Vaccine operations Central Provinces 1900-1911 - 1900-1911
Year: 1900
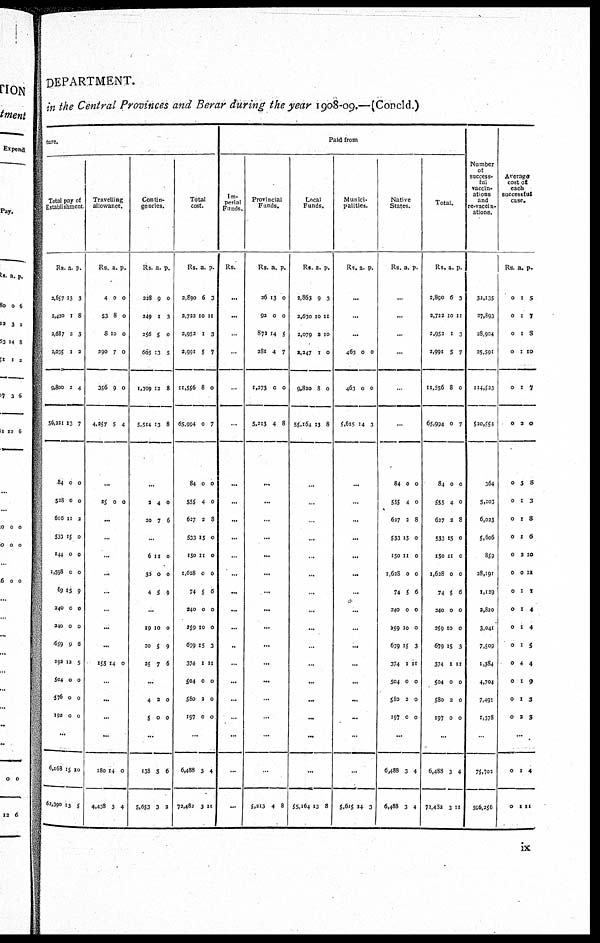
DEPARTMENT.
in the Central Provinces and Berar during the year 1908-09.—(Concld.)
ture.
Total pay of
Establishment
Rs.
2,657
2,420
2,687
2,035
9,800
56,221
84
528
606
533
144
1,598
59
240
240
659
192
504
576
192
a
13
1
3
1
2
13
0
0
11
15
0
0
15
0
0
9
12
0
0
0
p.
3
8
3
2
4
7
0
0
2
0
0
0
9
0
0
6
5
0
0
0
...
6,168
62,390
15
13
10
5
Travelling
allowance.
Rs.
4
53
8
290
356
4,257
a.
0
8
10
7
9
5
p.
0
0
0
0
0
4
...
25 0 0
...
...
...
...
...
...
...
...
155 14 0
...
...
...
...
180
4,438
14
3
0
4
Contin-
gencies.
Rs.
228
249
256
665
1,399
5,514
a.
9
1
5
13
12
13
p.
0
3
0
5
8
8
...
2
20
4
7
0
6
...
6
30
4
11
0
5
0
0
9
...
19
20
25
10
5
7
0
9
6
...
4
5
2
0
0
0
...
138
5,653
5
3
6
3
Total
cost.
Rs.
2,890
3,722
2,952
2,991
11,556
65,994
84
555
627
533
150
1,628
74
340
259
679
374
504
580
197
a.
6
10
1
5
8
0
0
4
2
15
11
0
5
0
10
15
1
0
2
0
p.
3
11
3
7
0
7
0
0
8
0
0
0
6
0
0
3
11
0
0
0
...
6,488
72,482
3
3
4
11
Paid from
Im-
perial
Funds.
Rs.
...
...
...
...
...
...
...
...
...
...
...
...
...
...
...
...
...
...
...
...
...
...
...
Provincial
Funds.
Rs.
26
92
872
281
1,273
5,213
a.
13
0
14
4
0
4
p.
0
0
5
7
0
8
...
...
...
...
...
...
...
...
...
...
...
...
...
...
...
...
5,213 4 8
Local
Funds.
Rs.
2,863
2,630
2,079
2,247
9,820
55,164
a.
9
10
2
1
8
13
p.
3
11
10
0
0
8
...
...
...
...
...
...
...
...
...
...
...
...
...
...
...
...
55,164 13 8
Munici-
palities.
Rs. a. p.
...
...
...
463
463
5,615
0
0
14
0
0
3
...
...
...
...
...
...
...
...
...
...
...
...
...
...
...
...
5,615 14 3
Native
States.
Rs. a. p.
...
...
...
...
...
...
84
555
627
533
150
1,628
74
240
259
679
374
504
580
197
0
4
2
15
11
0
5
0
10
15
1
0
2
0
0
0
8
0
0
0
6
0
0
3
11
0
0
0
...
6,488
6,488
3
3
4
4
Total.
Rs.
2,890
2,722
2,953
2,991
11,556
65,994
84
555
627
533
150
1,638
74
240
259
679
374
504
580
197
a.
6
10
1
5
8
0
0
4
2
15
11
0
5
0
10
15
1
0
3
0
p.
3
11
3
7
0
7
0
0
8
0
0
0
6
0
0
3
11
0
0
0
...
6,488
72,482
3
3
4
11
Number
of
success-
ful
vaccin-
ations
and
re-vaccin-
ations.
32,135
37,893
28,904
25,591
114,523
520,551
364
5,203
6,023
5,606
859
28,191
1,129
2,820
3,041
7,509
1,384
4,704
7,491
1,378
...
75,702
596,256
Average
cost of
each
successful
case.
Rs.
0
0
0
0
0
0
0
0
0
0
0
0
0
0
0
0
0
0
0
0
a.
1
1
1
1
1
2
3
1
1
1
2
0
1
1
1
1
4
1
1
2
p.
5
7
8
10
7
0
8
3
8
6
10
14
1
4
4
5
4
9
3
3
...
0
0
1
1
4
11
ix